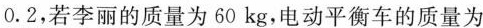
0.2，若李丽的质量为 60 kg，电动平衡车的质量为